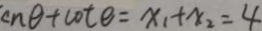
c n \theta + \cot \theta = x _ { 1 } + x _ { 2 } = 4